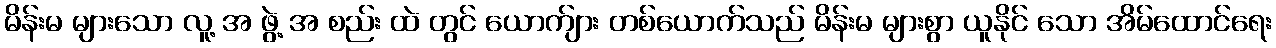
မိန်းမ များသော လူ့ အ ဖွဲ့ အ စည်း ထဲ တွင် ယောက်ျား တစ်ယောက်သည် မိန်းမ များစွာ ယူနိုင် သော အိမ်ထောင်ရေး